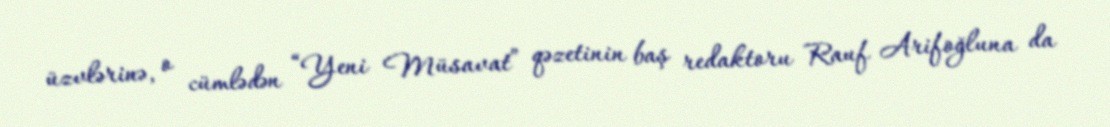
üzvlərinə, o cümlədən “Yeni Müsavat” qəzetinin baş redaktoru Rauf Arifoğluna da